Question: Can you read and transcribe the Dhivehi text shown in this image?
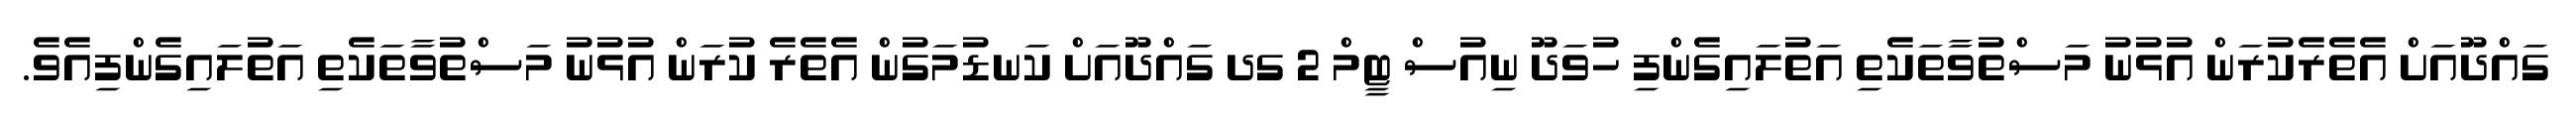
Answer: ގައްދޫއަށް އެތެރެކުރަން އުޅުނު މަސްތުވާތަކެތި އަތުލައިގެންފި ހުވަދޫ ނިއުސް ޓީމް 2 ގދ ގައްދޫއަށް ކަނޑުމަގުން އެތެރެ ކުރަން އުޅުނު މަސްތުވާތަކެތި އަތުލައިގެންފިއެވެ.